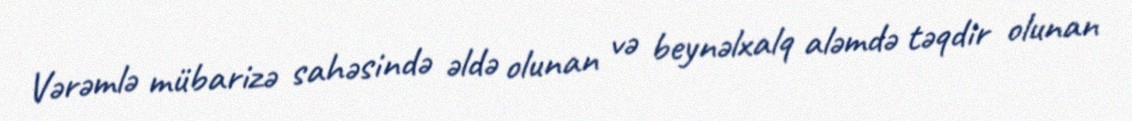
Vərəmlə mübarizə sahəsində əldə olunan və beynəlxalq aləmdə təqdir olunan